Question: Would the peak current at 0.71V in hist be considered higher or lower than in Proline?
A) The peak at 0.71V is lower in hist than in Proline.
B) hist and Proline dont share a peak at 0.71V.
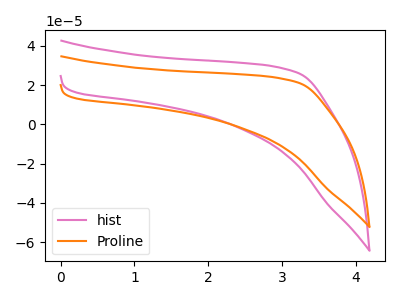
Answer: <think>The pink curve "hist" has no peaks. The orange curve "Proline" has no peaks.</think>
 <answer>B) "hist" and "Proline" dont share a peak at 0.71V.</answer>
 <eval>B</eval>